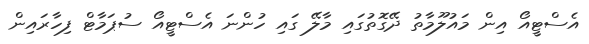
އެސްޓީއޯ އިން މައުލޫމާތު ދޭގޮތުގައި މާލޭ ގައި ހުންނަ އެސްޓީއޯ ސުޕަމާޓް ފިހާރައިން